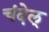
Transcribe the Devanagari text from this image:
चंदेल्